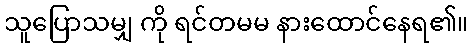
သူပြောသမျှ ကို ရင်တမမ နားထောင်နေရ၏။